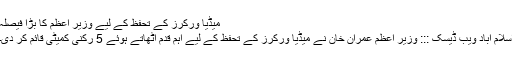
میڈیا ورکرز کے تحفظ کے لیے وزیر اعظم کا بڑا فیصلہ
اسلام آباد ویب ڈیسک ::: وزیر اعظم عمران خان نے میڈیا ورکرز کے تحفظ کے لیے اہم قدم اٹھاتے ہوئے 5 رکنی کمیٹی قائم کر دی۔